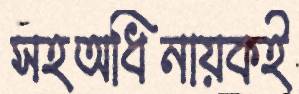
সহঅধিনায়কই